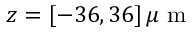
z = [ - 3 6 , 3 6 ] \, \mu \mathrm { ~ m ~ }